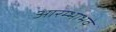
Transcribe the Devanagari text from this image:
आरम्भाभवे